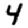
Digit: 4